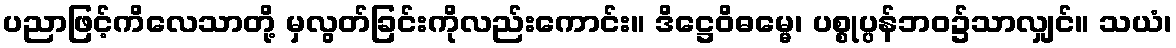
ပညာဖြင့်ကိလေသာတို့ မှလွတ်ခြင်းကိုလည်းကောင်း။ ဒိဋ္ဌေဝိဓမ္မေ၊ ပစ္စုပ္ပန်ဘဝ၌သာလျှင်။ သယံ၊